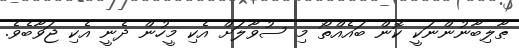
ޠާލިބާނުންނަކީ ކޮން ބައެއްތޯ މި ސުވާލަށް އެކި މީހުން ދެނީ އެކި ޖަވާބެވެ.